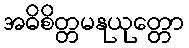
အဓိစိတ္တမနုယုတ္တော